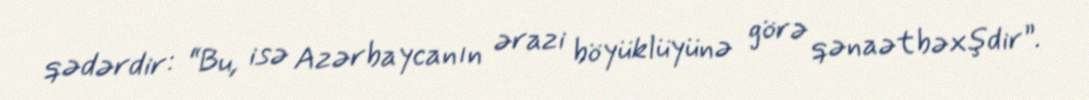
qədərdir: “Bu, isə Azərbaycanın ərazi böyüklüyünə görə qənaətbəxşdir”.